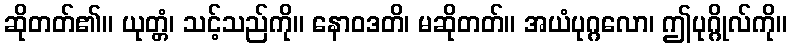
ဆိုတတ်၏။ ယုတ္တံ၊ သင့်သည်ကို။ နောဝဒတိ၊ မဆိုတတ်။ အယံပုဂ္ဂလော၊ ဤပုဂ္ဂိုလ်ကို။